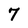
Character: 7